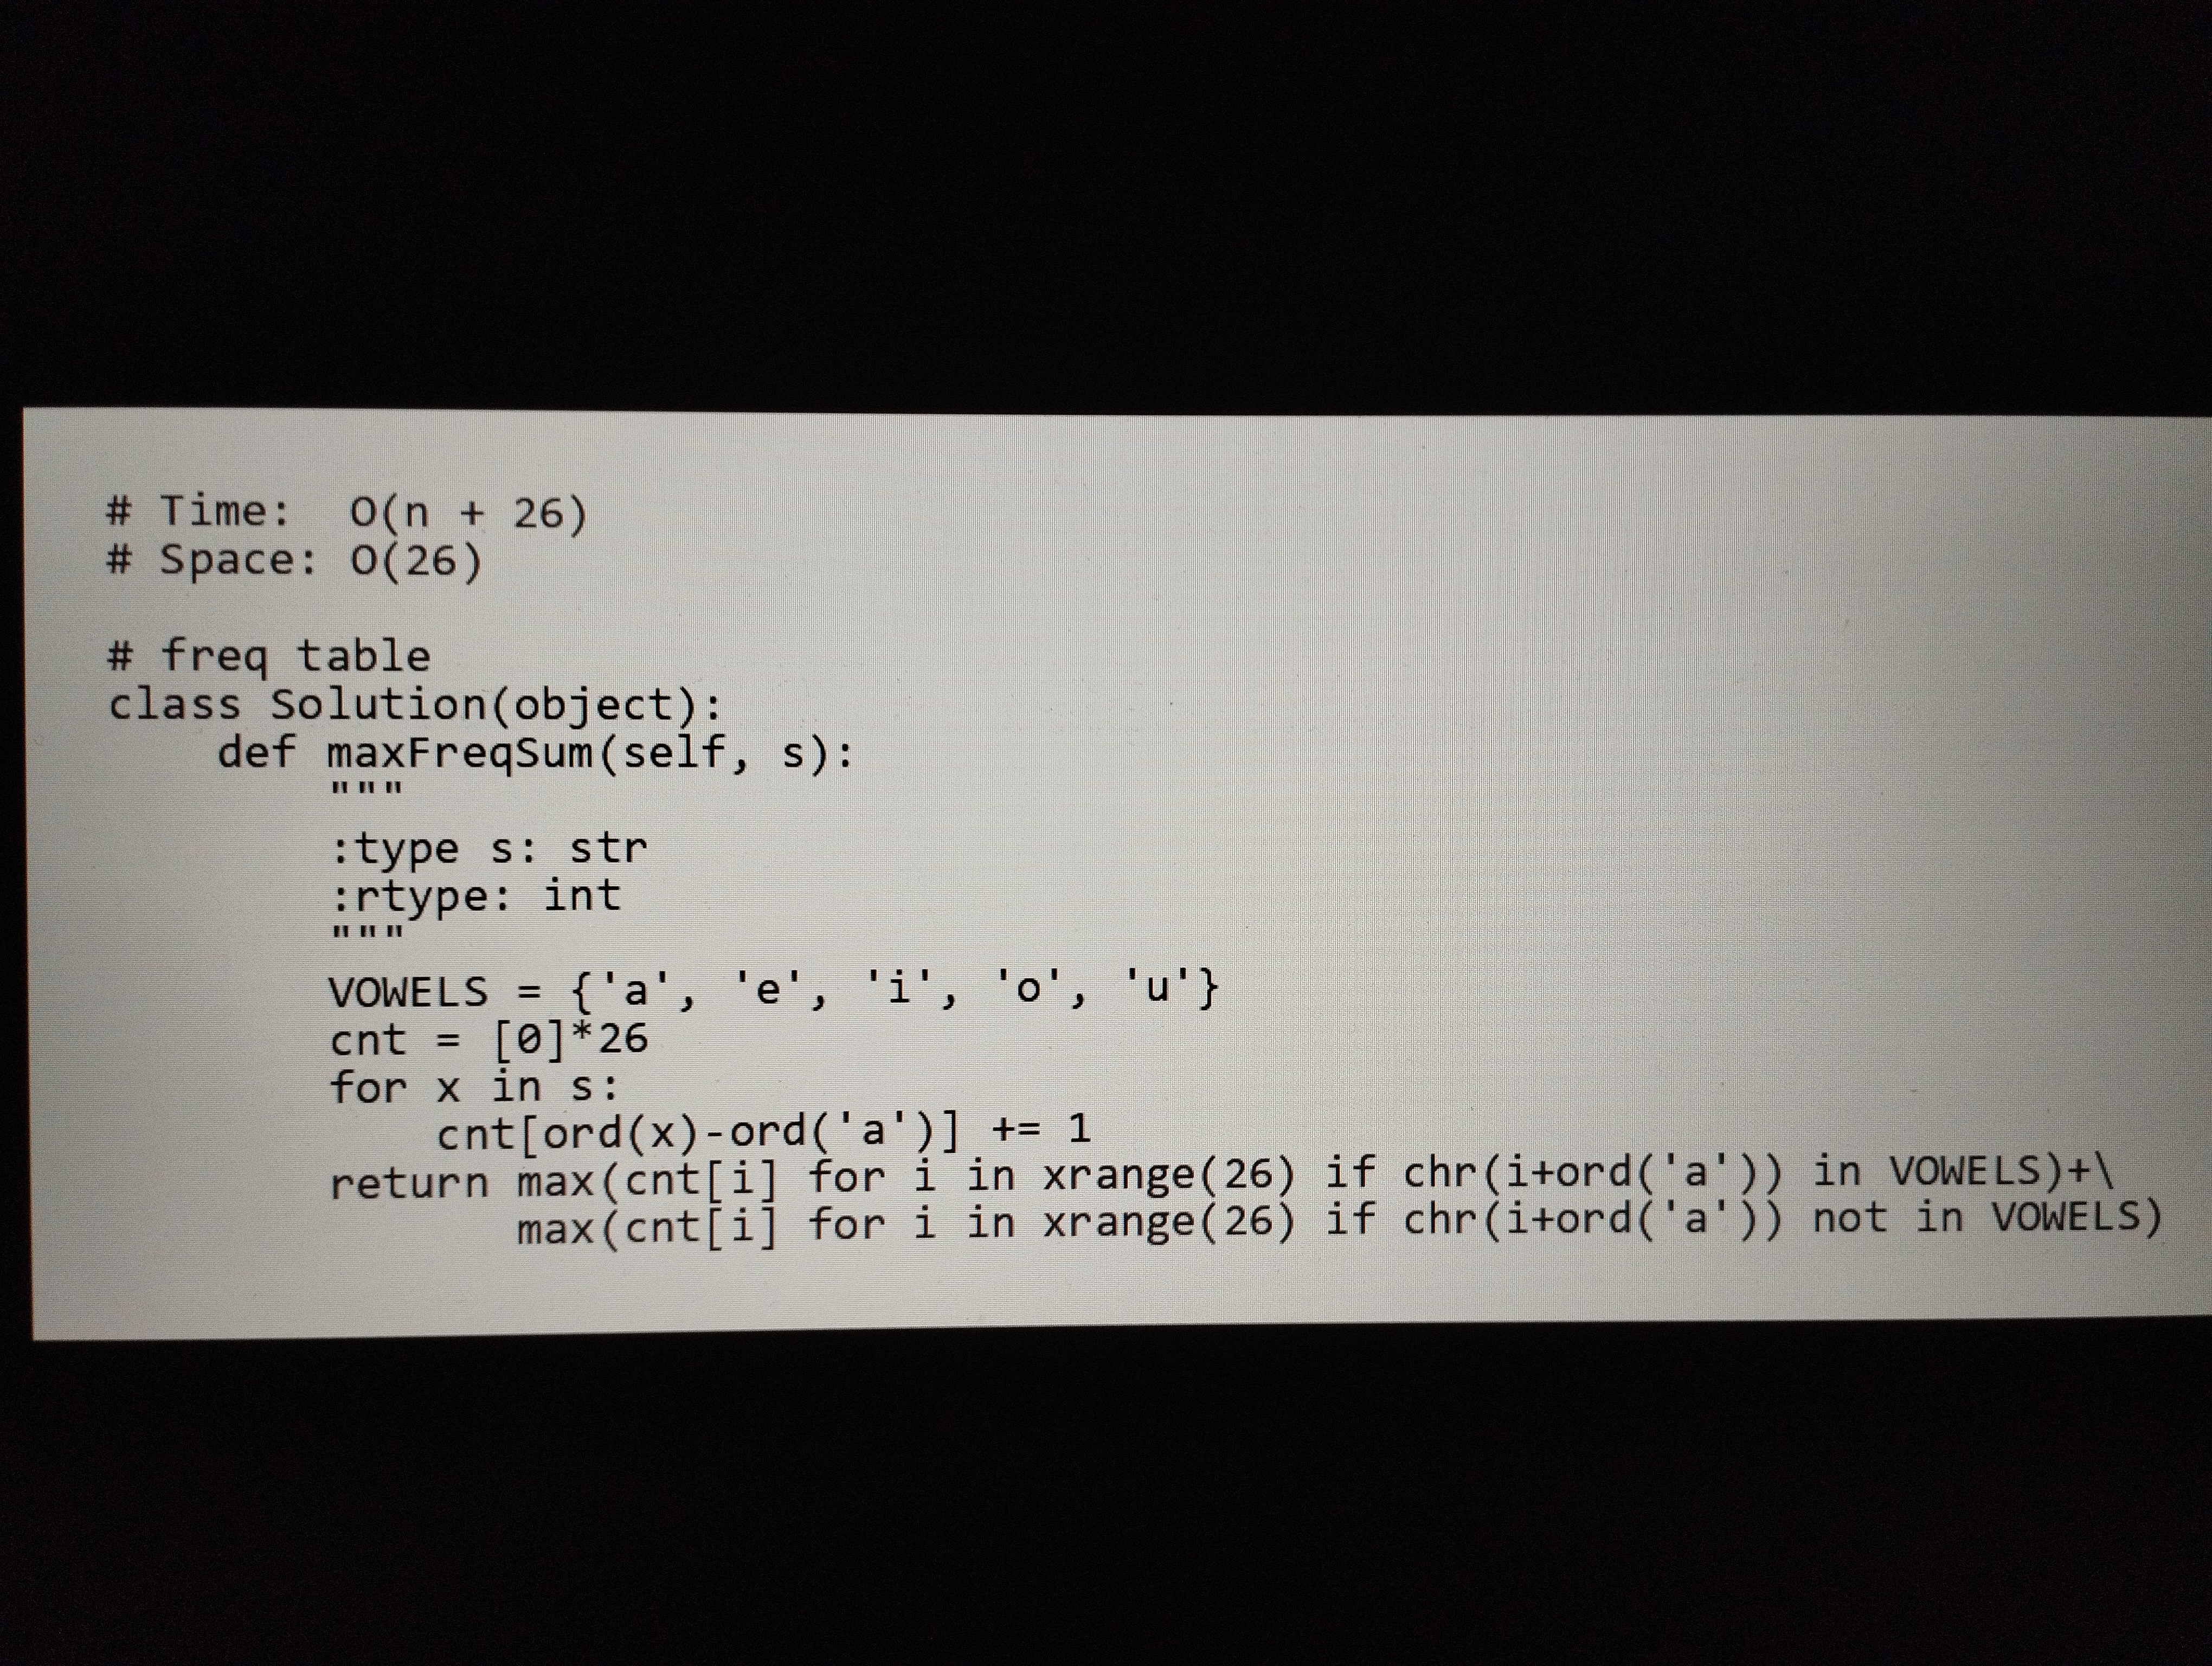
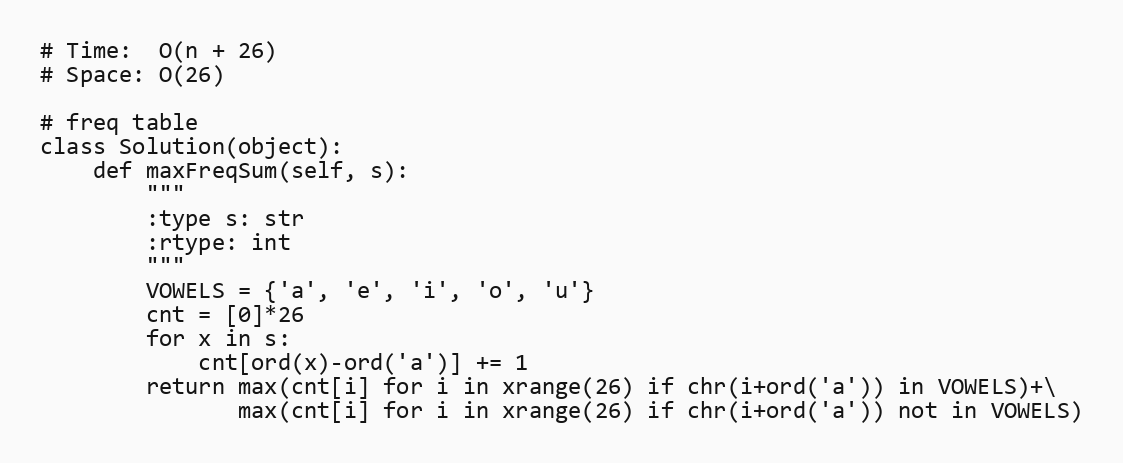
# Time:  O(n + 26)
# Space: O(26)

# freq table
class Solution(object):
    def maxFreqSum(self, s):
        """
        :type s: str
        :rtype: int
        """
        VOWELS = {'a', 'e', 'i', 'o', 'u'}
        cnt = [0]*26
        for x in s:
            cnt[ord(x)-ord('a')] += 1
        return max(cnt[i] for i in xrange(26) if chr(i+ord('a')) in VOWELS)+\
               max(cnt[i] for i in xrange(26) if chr(i+ord('a')) not in VOWELS)